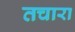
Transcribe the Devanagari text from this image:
तचारा